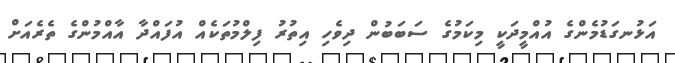
އަޅުނގަޑުމެންގެ އުއްމީދަކީ މިކަމުގެ ސަބަބުން ދިވެހި އިތުރު ފިލްމުތަކެއް އުފައްދާ އާއްމުންގެ ތެރެއަށް